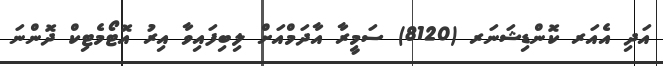
އަދި އެއަރ ކޮންޑިޝަނަރ (8120) ސަމީރާ އާދަމްއަށް ލިބިފައިވާ އިރު އޮޓޯމެޓިކް ދޮންނަ